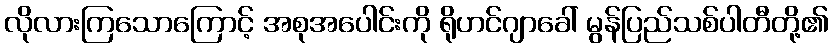
လိုလားကြသောကြောင့် အစုအပေါင်းကို ရိုဟင်ဂျာခေါ် မွန်ပြည်သစ်ပါတီတို့၏